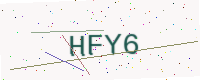
Text: HFY6